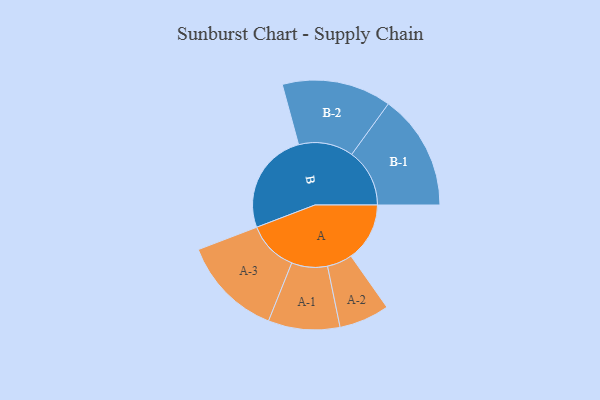
{"axis": {"x": "Segment", "y": "Value"}, "legend": ["", "A", "B"], "data": [{"x": "A", "y": 282, "type": ""}, {"x": "B", "y": 492, "type": ""}, {"x": "A-1", "y": 172, "type": "A"}, {"x": "A-2", "y": 121, "type": "A"}, {"x": "A-3", "y": 243, "type": "A"}, {"x": "B-1", "y": 278, "type": "B"}, {"x": "B-2", "y": 263, "type": "B"}]}